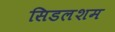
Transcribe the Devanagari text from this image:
सिडलशम